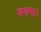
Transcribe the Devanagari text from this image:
मनामा।